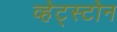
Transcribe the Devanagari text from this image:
व्हेट्स्टोन